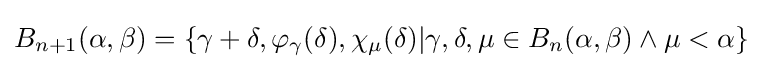
B_{n+1}(\alpha ,\beta )=\{\gamma +\delta ,\varphi _{\gamma }(\delta ),\chi _{\mu }(\delta )|\gamma ,\delta ,\mu \in B_{n}(\alpha ,\beta )\land \mu <\alpha \}